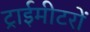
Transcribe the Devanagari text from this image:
ट्राईमीटरों